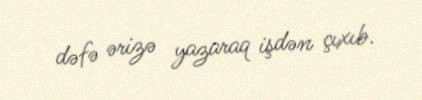
dəfə ərizə yazaraq işdən çıxıb.